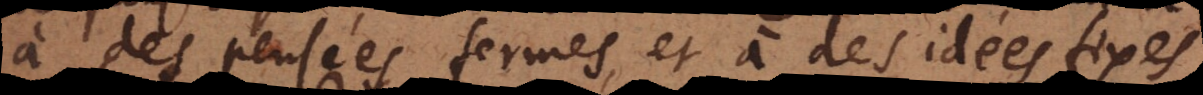
à des pensées fermes, et à des idées fixes